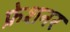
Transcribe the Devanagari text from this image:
फ्रेशनर